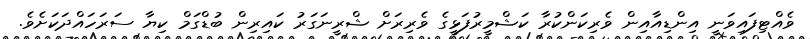
ވެއްޓިފައިވަނީ އިންޑިއާއިން ވެރިކަންކުރާ ކަޝްމީރުފަޅީގެ ވެރިރަށް ޝްރީނަގަރު ކައިރިން ބުޑްގަމް ކިޔާ ސަރަހައްދަކަށެވެ.